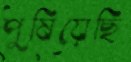
পুষিয়েছি